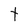
Character: t